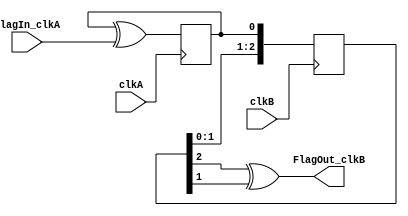
module Flag_CrossDomain(
    input clkA,
    input FlagIn_clkA, 
    input clkB,
    output FlagOut_clkB
);

// this changes level when the FlagIn_clkA is seen in clkA
reg FlagToggle_clkA /* synthesis noprune */;
initial FlagToggle_clkA <= 0;
always @(posedge clkA) FlagToggle_clkA <= FlagToggle_clkA ^ FlagIn_clkA;

// which can then be sync-ed to clkB
reg [2:0] SyncA_clkB /* synthesis noprune */;
initial SyncA_clkB<=3'b000;
always @(posedge clkB) SyncA_clkB <= {SyncA_clkB[1:0], FlagToggle_clkA};

// and recreate the flag in clkB
assign FlagOut_clkB = (SyncA_clkB[2] ^ SyncA_clkB[1]);
endmodule